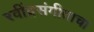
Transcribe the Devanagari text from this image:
रवींद्रसंगीताचा